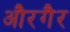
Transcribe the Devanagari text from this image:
औरगैर